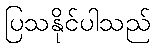
ပြသနိုင်ပါသည်